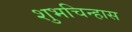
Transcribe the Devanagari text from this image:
शुभचिन्हास